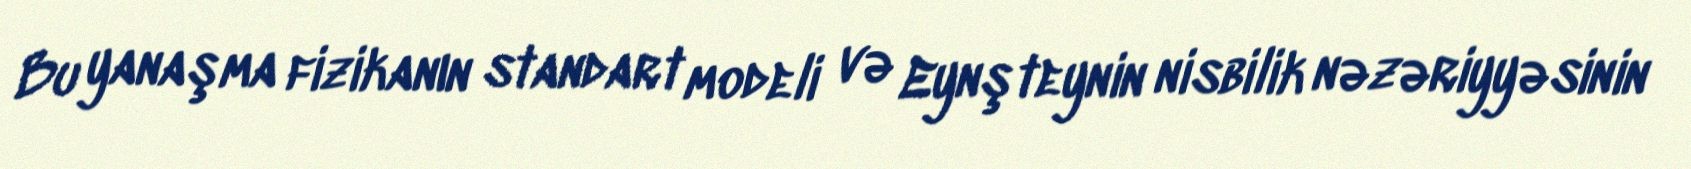
Bu yanaşma fizikanın standart modeli və Eynşteynin nisbilik nəzəriyyəsinin